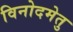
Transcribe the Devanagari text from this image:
विनोदमेतु